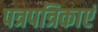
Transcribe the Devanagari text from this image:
पत्रपत्रिकाएं